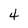
Character: 4